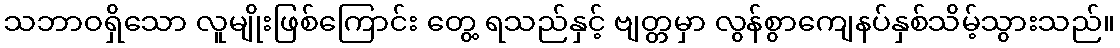
သဘာဝရှိသော လူမျိုးဖြစ်ကြောင်း တွေ့ ရသည်နှင့် ဗျတ္တမှာ လွန်စွာကျေနပ်နှစ်သိမ့်သွားသည်။